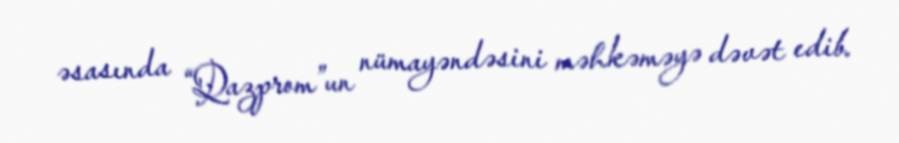
əsasında “Qazprom”un nümayəndəsini məhkəməyə dəvət edib.